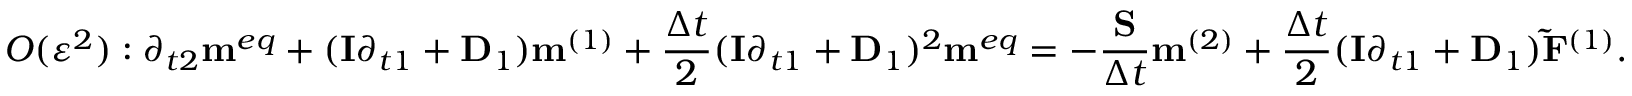
O ( { \varepsilon ^ { 2 } } ) : { \partial _ { t 2 } } { { \bf { m } } ^ { e q } } + ( { \bf { I } } { \partial _ { t 1 } } + { { \bf { D } } _ { 1 } } ) { { \bf { m } } ^ { ( 1 ) } } + \frac { { \Delta t } } { 2 } { ( { \bf { I } } { \partial _ { t 1 } } + { { \bf { D } } _ { 1 } } ) ^ { 2 } } { { \bf { m } } ^ { e q } } = - \frac { { \bf { S } } } { { \Delta t } } { { \bf { m } } ^ { ( 2 ) } } + \frac { { \Delta t } } { 2 } ( { \bf { I } } { \partial _ { t 1 } } + { { \bf { D } } _ { 1 } } ) { { { \bf { \tilde { F } } } } ^ { ( 1 ) } } .